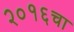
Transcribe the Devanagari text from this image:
२०१६चा